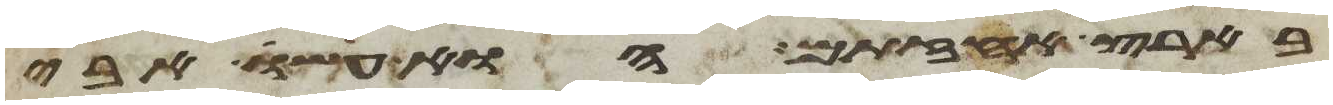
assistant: בארץ אחזתם הוא עשו אבי